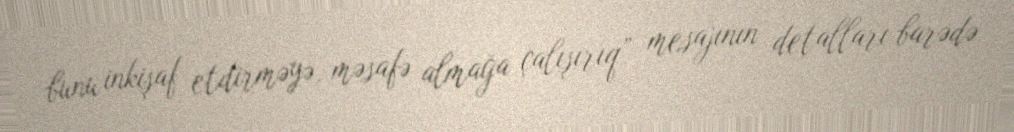
bunu inkişaf etdirməyə, məsafə almağa çalışırıq” mesajının detalları barədə